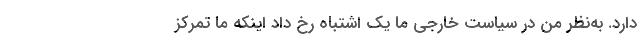
دارد. به‌نظر من در سیاست خارجی ما یک اشتباه رخ داد اینکه ما تمرکز